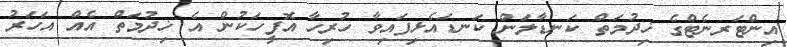
އިންޓަރނެޓްގެ ޚިދުމަތް ކަނޑާލަން ކަނޑައެޅިފައިވާ ހުރިހާ އޮފީހަކުން އެ ޚިދުމަތް އެއް އަހަރު